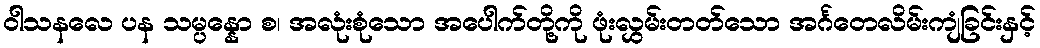
ဝါသနလေ ပန သမ္ပန္နော စ၊ အလုံးစုံသော အပေါက်တို့ကို ဖုံးလွှမ်းတတ်သော အင်္ဂတေလိမ်းကျံခြင်းနှင့်